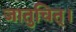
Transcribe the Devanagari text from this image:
जातुचित्।